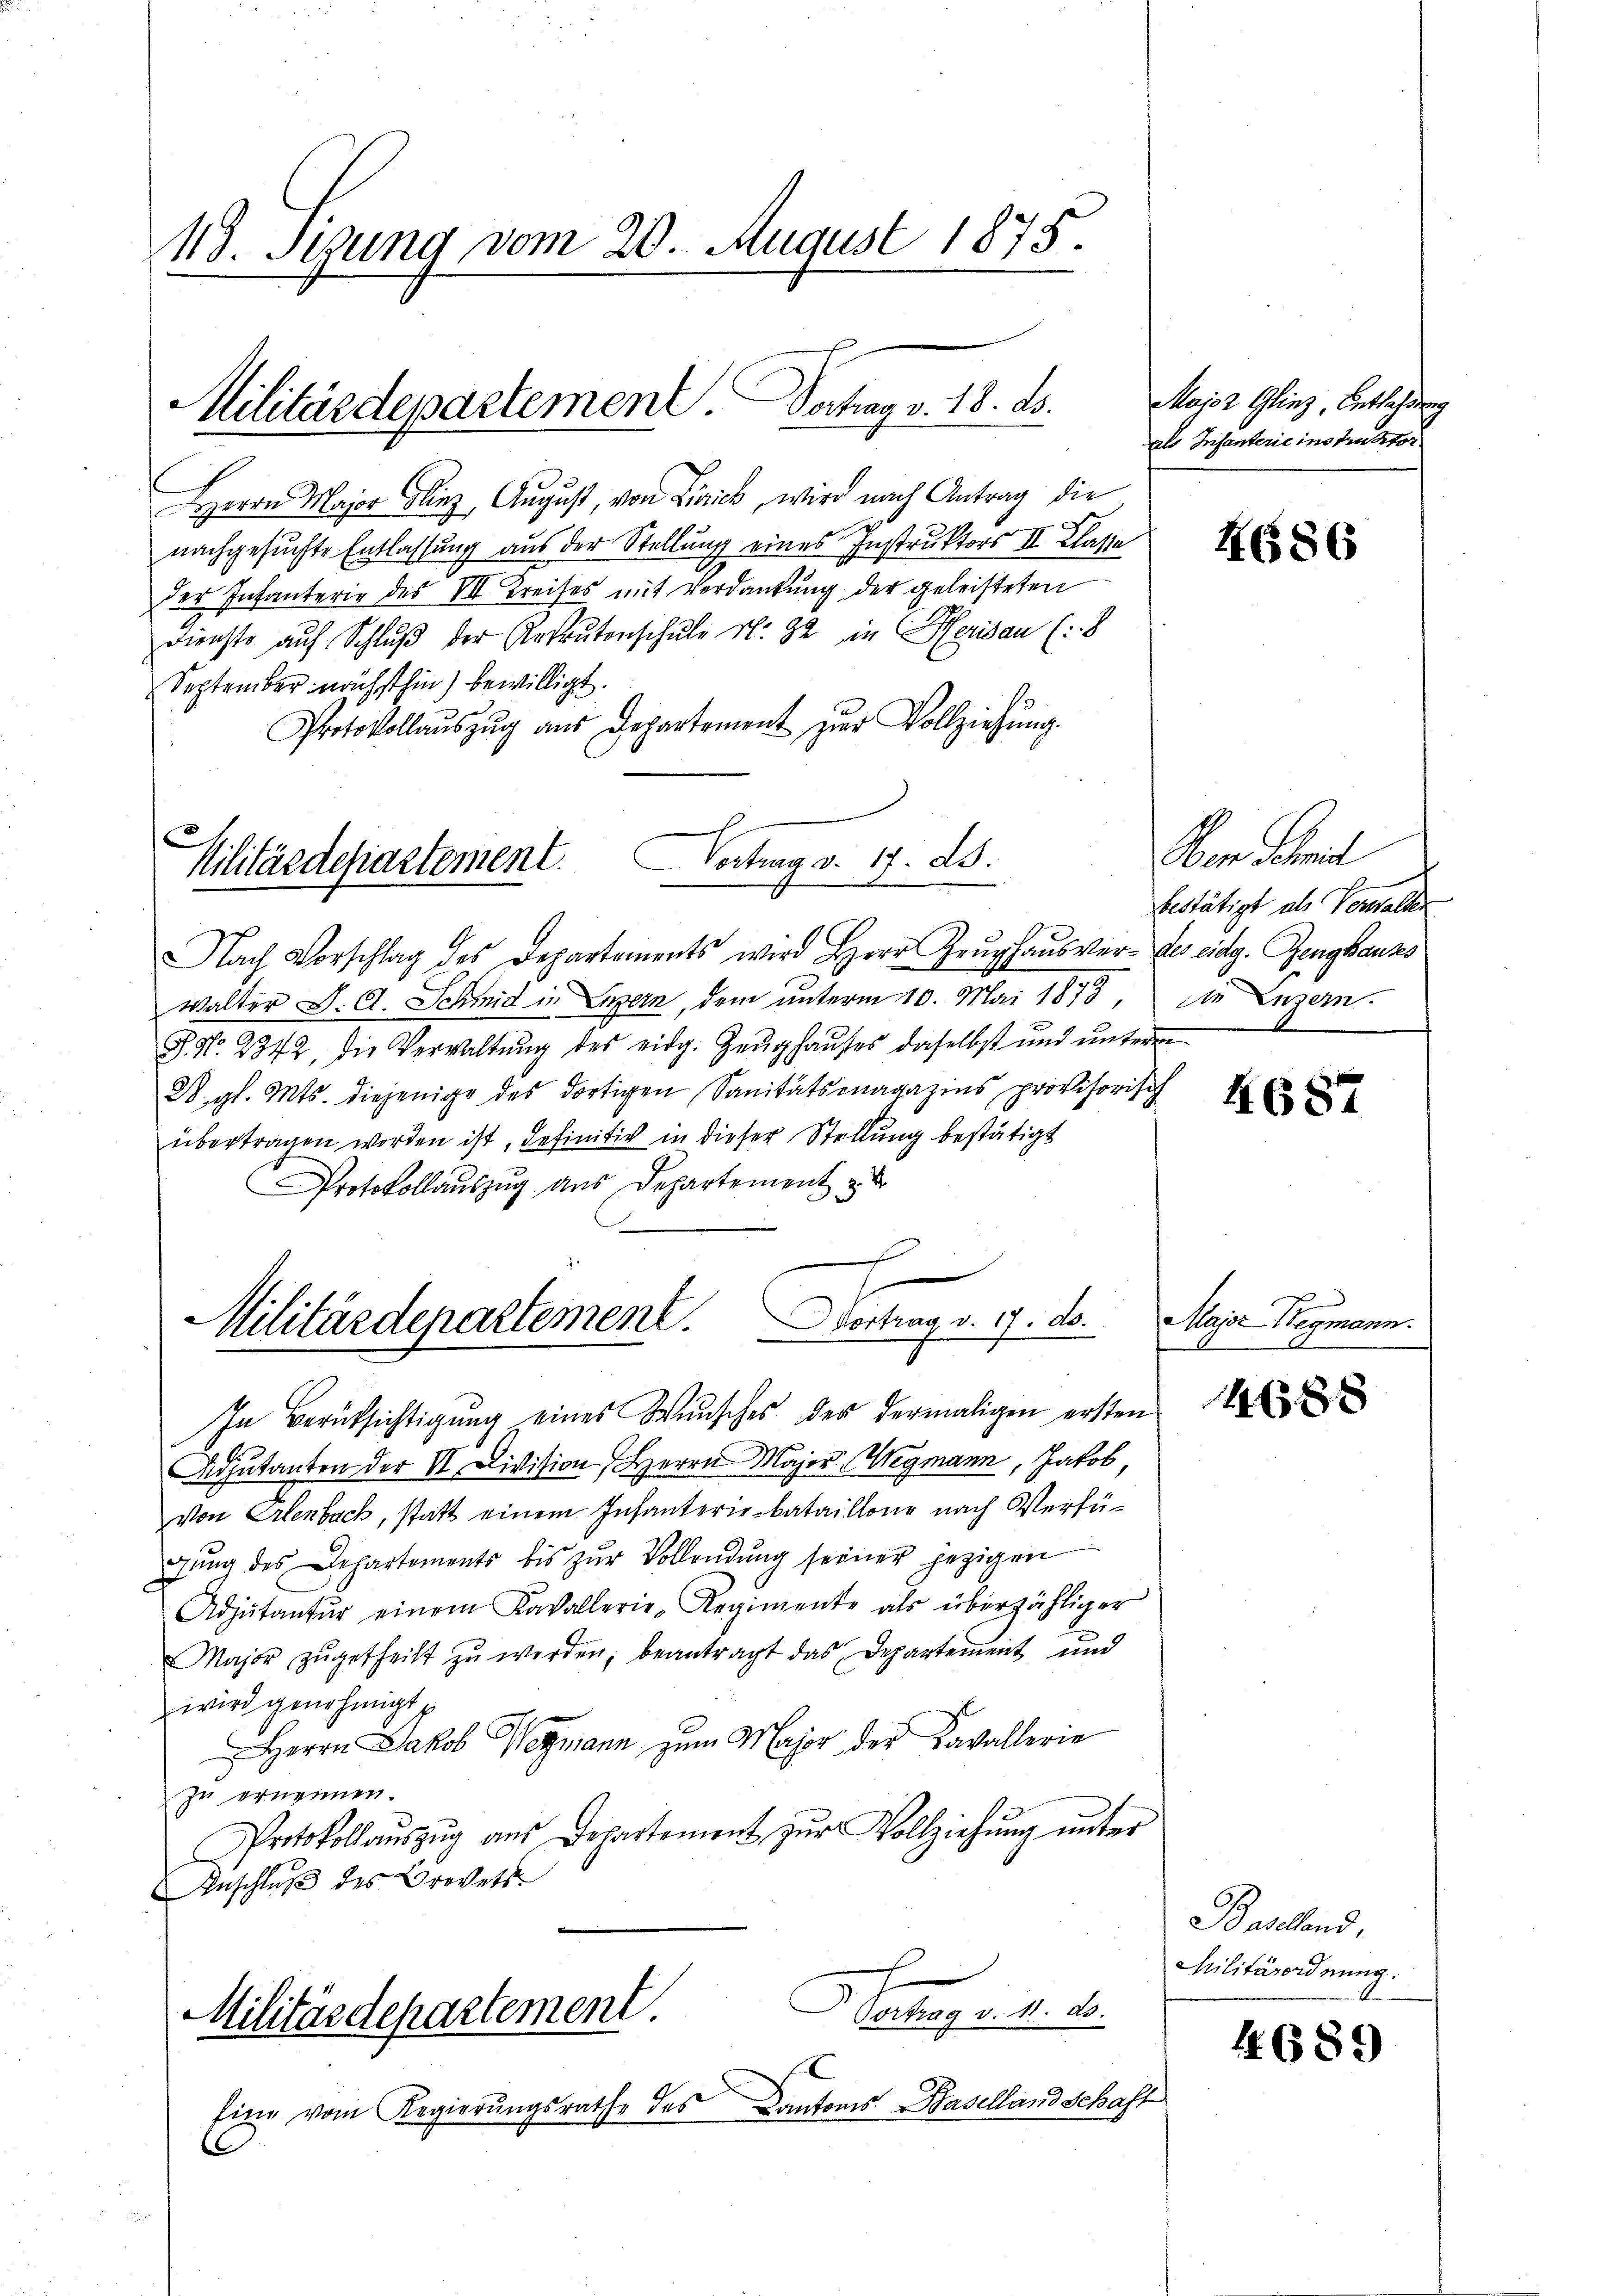
118. Sedung vom 20. August 1875.

Militärdepartement. Dechag v. 18. ds.

Herrn Major Glinz, August, von Livich, wird nach Antrag die
nachgesuchte Entlassung aus der Stellung eines Instruktors II Klasse
der Infanterie des VII Kreises mit Verdankung der geleisteten
Dienste aŭf Schlŭβ der Rekrutenschŭle rl. 32 in Herisau (:8
September nächsthin) bewilligt.
Protokollaŭszŭg aŭs Departement zŭr Vollziehŭng.

Militärdepartement. Vortrag v. 17. B.

Militärdepartement. Vortrag v. 7. ds.

Nach Vorschlag des Departements wird Herr Zeŭghaŭs ver- des eidg. Zeughauss
Walter J. A. Schmid in Luzern, dem unterm 10. Mai 1878,
J. N. 2342, die Verwaltŭng des eidg. Zeŭghaŭses daselbst ŭnd ŭnterm
28. gl. Mts. diejenige des dortigen Sanitätsonagazins provisorisch
übertragen worden ist, definitiv in dieser Stellung bestätigt
Protokollauszug aus Departement z

Major Glinz, Entlehrung
als Trifanterie instruktor

In Berüksichtigŭng eines Wunsches der dermaligen ersten
Adjutanten der II. Division Herrn Major Wegmann, Jakob,
von Erlenbach, statt einem Infanterie-Bataillone nach Verfügŭng des Departements bis zŭr Vollendŭng seiner jezigen
Adjutantŭr einem Kavallerie-Regimente als überzähliger
Major zŭgetheilt zŭ werden, beantragt das Departement und
wird genehmigt
Herrn Jakob Wegmann zum Major der Kavallerie
zu ernennen.
Protokollauszug aus Departement zur Vollziehung unter
Anschlŭβ des Brevets
Hertag d. d. 20.
Militärdepartement.
Eine vom Regierŭngsrathe des Cantons Haselland Schaft
C

H686

Vom Schmit
bestätigt als Verwalten
die Luzern.

4687

Maie Wegmann.
t

14688

Bastand,
Militärordnung.

4689